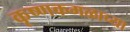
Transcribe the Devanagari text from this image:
कृष्णकमळाच्या